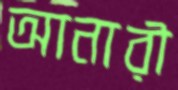
আনারী